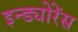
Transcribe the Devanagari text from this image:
इन्ड्योरेंस